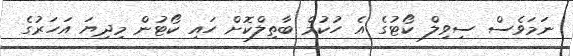
ނަމަވެސް ސިވިލް ކޯޓުގެ އެ ހުކުމް ބާތިލްކޮށް ހައި ކޯޓުން މިދިޔަ އަހަރުގެ